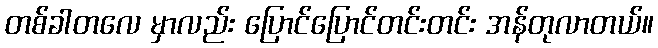
တစ်ခါတလေ မှာလည်း ပြောင်ပြောင်တင်းတင်း အန်တုလာတယ်။